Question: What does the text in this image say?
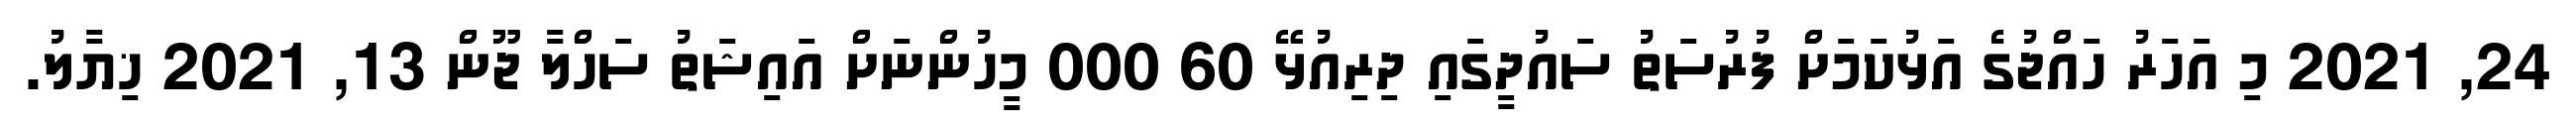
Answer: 24, 2021 މި އަހަރު ހައްޖުގެ އަޅުކަމަށް ފުރުސަތު ސައުދީގައި ދިރިއުޅޭ 60 000 މީހުންނަށް އައިޝަތު ސަހްލާ ޖޫން 13, 2021 ޚިޔާލު.